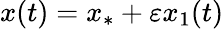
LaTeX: x(t)=x_{*}+\varepsilon x_{1}(t)